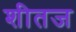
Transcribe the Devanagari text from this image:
शीतज